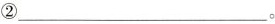
②___。